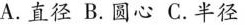
A.直径 B.圆心 C.半径